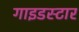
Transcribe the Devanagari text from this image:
गाइडस्टार